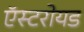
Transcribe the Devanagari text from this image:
ऍस्टरोयड